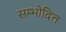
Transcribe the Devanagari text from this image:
सम्भोदित